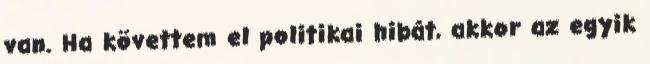
van. Ha követtem el politikai hibát, akkor az egyik